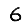
Digit: 6